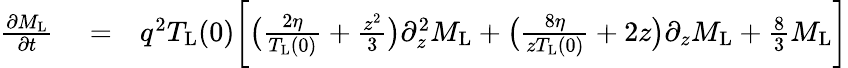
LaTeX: \begin{array}{rlr}{\frac{\partial M_{\mathrm{L}}}{\partial t}}&{{}=}&{q^{2}T_{\mathrm{L}}(0)\bigg[\bigl(\frac{2\eta}{T_{\mathrm{L}}(0)}+\frac{z^{2}}{3}\bigl)\partial_{z}^{2}M_{\mathrm{L}}+\bigl(\frac{8\eta}{zT_{\mathrm{L}}(0)}+2z\bigl)\partial_{z}M_{\mathrm{L}}+\frac{8}{3}M_{\mathrm{L}}\bigg]}\end{array}